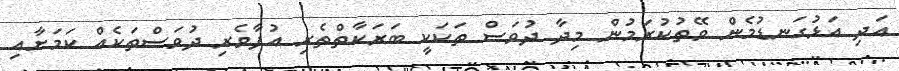
އަދި އަޅުގަނޑުމެން ވޭތުކުރަމުން މިދާ ދުވަސް ތަކަކީ ބަރަކާތްތެރި އުފާވެރި ދުވަސްތަކެއް ކަމަށާއި